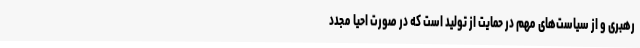
رهبری و از سیاست‌های مهم در حمایت از تولید است که در صورت احیا مجدد